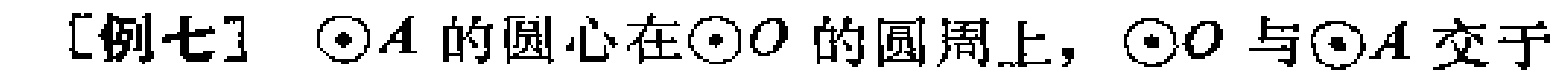
[例七] $\odot A$ 的圆心在$\odot O$ 的圆周上，$\odot O$ 与$\odot A$ 交于